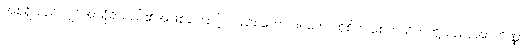
အစရှိသည်လျှင်အာရုံရှိသည်၏အဖြစ်ကြောင့် လည်း ကောင်း။ တေ၊ ထိုစိတ် စေတသိတ်တို့သည်။ အာကိဏ္ဏာ၊